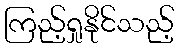
ကြည့်ရှုနိုင်သည့်